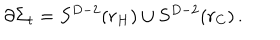
\partial \Sigma _ { t } = S ^ { D - 2 } ( r _ { H } ) \cup S ^ { D - 2 } ( r _ { C } ) \, .